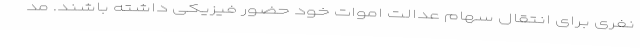
نفری برای انتقال سهام عدالت اموات خود حضور فیزیکی داشته باشند. مد